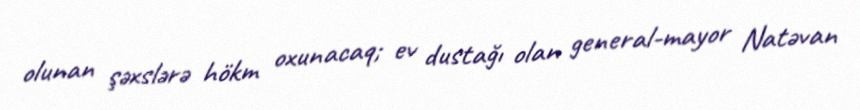
olunan şəxslərə hökm oxunacaq; ev dustağı olan general-mayor Natəvan